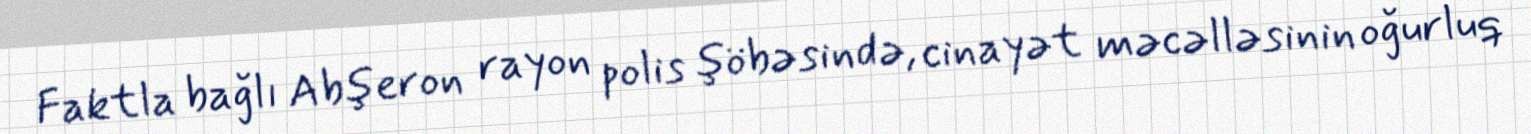
Faktla bağlı Abşeron rayon polis şöbəsində, cinayət məcəlləsinin oğurluq